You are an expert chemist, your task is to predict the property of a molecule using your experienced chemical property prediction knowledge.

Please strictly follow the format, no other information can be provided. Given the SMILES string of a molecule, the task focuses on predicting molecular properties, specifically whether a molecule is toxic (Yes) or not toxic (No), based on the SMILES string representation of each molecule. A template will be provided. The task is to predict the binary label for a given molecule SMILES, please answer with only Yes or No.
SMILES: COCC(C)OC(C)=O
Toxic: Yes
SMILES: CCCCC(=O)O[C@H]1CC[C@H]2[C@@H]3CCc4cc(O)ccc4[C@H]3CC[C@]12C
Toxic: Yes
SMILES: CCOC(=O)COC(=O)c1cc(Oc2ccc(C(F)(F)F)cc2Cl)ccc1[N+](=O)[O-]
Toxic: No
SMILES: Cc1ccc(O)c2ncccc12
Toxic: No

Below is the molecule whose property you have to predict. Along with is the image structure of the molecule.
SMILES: CN[C@H](C)Cc1ccccc1
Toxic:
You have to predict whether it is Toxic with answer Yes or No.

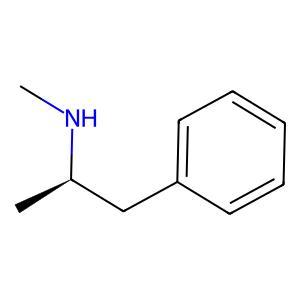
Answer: No